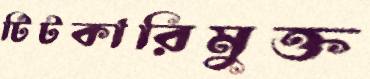
টিটকারিমুক্ত